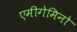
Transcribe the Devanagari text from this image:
एमीगेमिनो